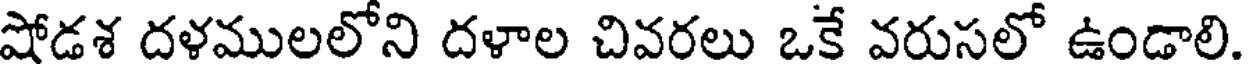
షోడశ దళములలోని దళాల చివరలు ఒకే వరుసలో ఉండాలి.